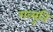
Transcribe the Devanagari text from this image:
गव्यूति